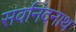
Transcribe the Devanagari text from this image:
सर्वानंदनाथ